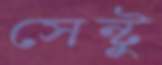
সেন্টু